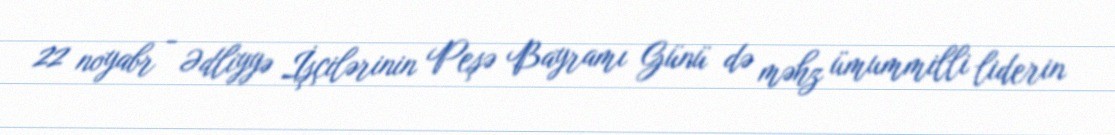
22 noyabr - Ədliyyə İşçilərinin Peşə Bayramı Günü də məhz ümummilli liderin